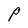
Character: P